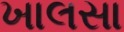
ખાલસા